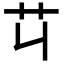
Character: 𦫶